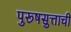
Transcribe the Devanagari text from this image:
पुरूषसुत्ताची